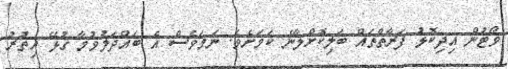
ވޯޓުން އިދިކޮޅު ފަރާތްތައް ބަލިކޮށްލާނެ ކަމަށެވެ. ނަމަވެސް އެ ބައްދަލުވުމާ ގުޅޭ އިތުރު